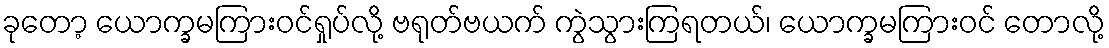
ခုတော့ ယောက္ခမကြားဝင်ရှုပ်လို့ ဗရုတ်ဗယက် ကွဲသွားကြရတယ်၊ ယောက္ခမကြားဝင် တောလို့